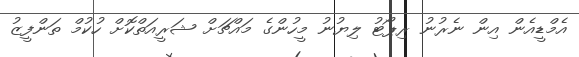
އެމްޑީއެން އިން ނެރުނު ރިޕޯޓު ލިޔުނު މީހުންގެ މައްޗަށް ޝަރީއަތްކޮށް ހުކުމް ތަންފީޒު